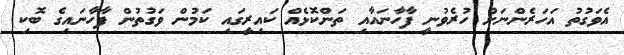
އެވަގުތު އަހަރެންނަށް ހުރެވުނީ ފާހާނައާއި ތަންކޮޅެއް ކައިރީގައި ކަމުން ވަގުތުން ފާހާނައިގެ ބޮކި